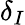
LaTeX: \delta_{I}